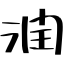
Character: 潤